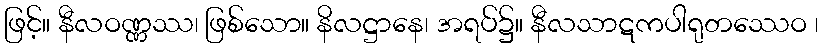
ဖြင့်။ နီလဝဏ္ဏဿ၊ ဖြစ်သော။ နိလဋ္ဌာနေ၊ အရပ်၌။ နီလသာဋကပါရုတဿေဝ ၊